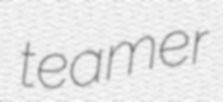
teamer